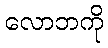
လောဘကို